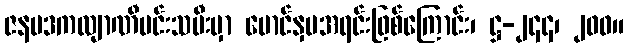
ဇနပဒကလျာဏီမင်းသမီးမှာ မောင်နှမအရင်းဖြစ်ကြောင်း၊ ဋ္ဌ-၂၄၄၊ ၂၀၀။